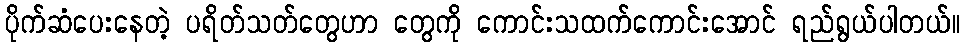
ပိုက်ဆံပေးနေတဲ့ ပရိတ်သတ်တွေဟာ တွေကို ကောင်းသထက်ကောင်းအောင် ရည်ရွယ်ပါတယ်။